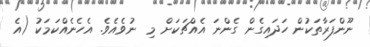
ނޫންފަރާތަކުން ހަދައިގެން ގެންނަ އެއްޗަކަށް މި  ނުވެއެވެ. އެހެނެއްކަމަކު (އެ